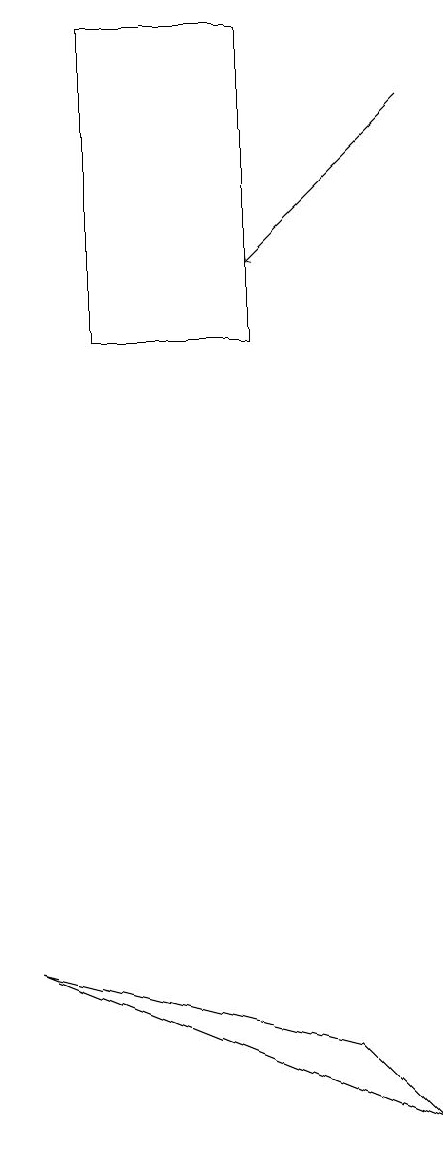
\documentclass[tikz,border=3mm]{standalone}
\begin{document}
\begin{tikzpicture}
\draw (1,4) -- (5,3) -- (6,2) -- cycle;
\draw[->] (6,15) -- (4,13);
\draw (4,12) rectangle (2,16);
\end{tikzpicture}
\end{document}